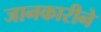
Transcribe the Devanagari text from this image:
जानकारीने